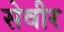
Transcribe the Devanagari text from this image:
सेवीर